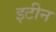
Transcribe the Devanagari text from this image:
इटीन